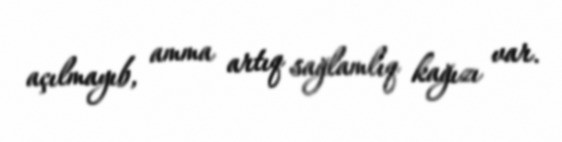
açılmayıb, amma artıq sağlamlıq kağızı var.